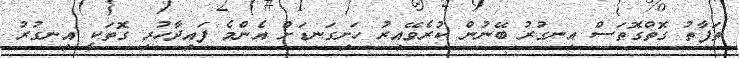
ތަފާތު ގޮތްގޮތަސް އިނގުރު ބޭނުން ކުރެވޭއިރު ހަށިގަނޑަށް އެންމެ ފައިދާހުރި ގޮތަކީ އިނގުރު